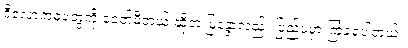
ဒီလောကဓံတွေကို ခေတ်မီတယ် ဆိုတဲ့ မြနန္ဒာလည်း ပြည်ပမှာ ကြုံခဲ့ရပါတယ်။